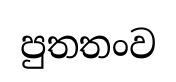
පුතතංව